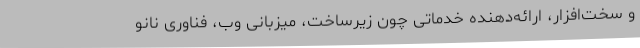
و سخت‌افزار، ارائه‌دهنده خدماتی چون زیرساخت، میزبانی وب، فناوری نانو